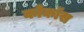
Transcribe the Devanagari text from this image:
कोकॉस